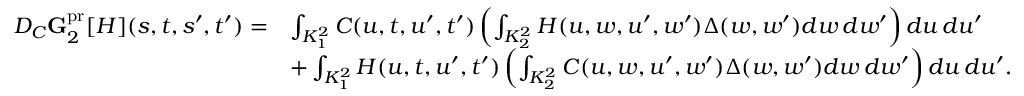
\begin{array} { r l } { D _ { C } \mathbf { G } _ { 2 } ^ { \mathrm { p r } } [ H ] ( s , t , s ^ { \prime } , t ^ { \prime } ) = } & { \int _ { K _ { 1 } ^ { 2 } } C ( u , t , u ^ { \prime } , t ^ { \prime } ) \left( \int _ { K _ { 2 } ^ { 2 } } H ( u , w , u ^ { \prime } , w ^ { \prime } ) \Delta ( w , w ^ { \prime } ) d w \, d w ^ { \prime } \right) d u \, d u ^ { \prime } } \\ & { + \int _ { K _ { 1 } ^ { 2 } } H ( u , t , u ^ { \prime } , t ^ { \prime } ) \left( \int _ { K _ { 2 } ^ { 2 } } C ( u , w , u ^ { \prime } , w ^ { \prime } ) \Delta ( w , w ^ { \prime } ) d w \, d w ^ { \prime } \right) d u \, d u ^ { \prime } . } \end{array}